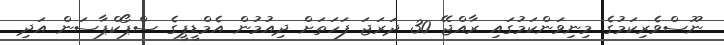
ނޫސްވެރިކަމުގެ މިނިވަންކަމުގައި ރާއްޖޭ 30 ދަރަޖަ ފަހަތަށް ދިއުމުން އެމްޑީޕީގެ ސްޕޯކްޕާސަން އަދި